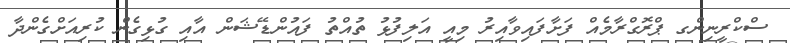
ސްކްރީނިންގ ޕްރޮގްރާމެއް ފަށާފައިވާއިރު މިއީ އަލިފުޅު ތުއްތު ފައުންޑޭޝަން އާއި ގުޅިގެން ކުރިއަށްގެންދާ